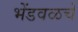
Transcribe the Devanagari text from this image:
भेंडवळचे